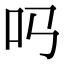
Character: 𠮤